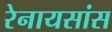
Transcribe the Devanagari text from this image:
रेनायसांस